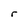
Character: r